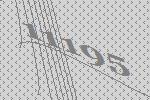
11195